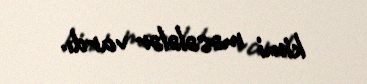
kimi məsələlər vardı.